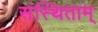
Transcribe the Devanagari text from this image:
संस्थिताम्‌